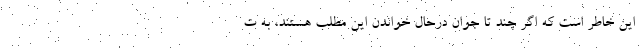
اين خاطر است كه اگر چند تا جوان درحال خواندن اين مطلب هستند، به ت